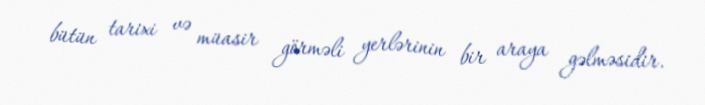
bütün tarixi və müasir görməli yerlərinin bir araya gəlməsidir.